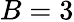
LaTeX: B=3